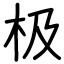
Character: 极